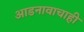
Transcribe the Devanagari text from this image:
आडनावाचाही